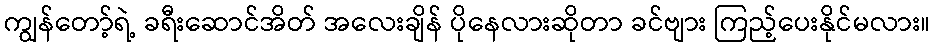
ကျွန်တော့်ရဲ့ ခရီးဆောင်အိတ် အလေးချိန် ပိုနေလားဆိုတာ ခင်ဗျား ကြည့်ပေးနိုင်မလား။